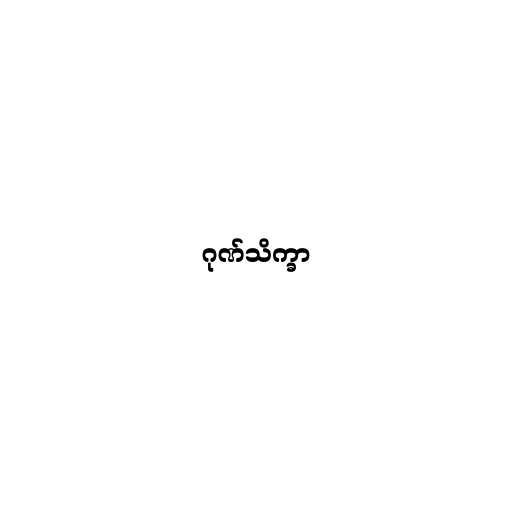
ဂုဏ်သိက္ခာ